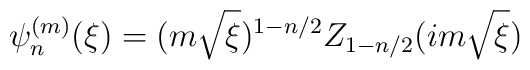
\psi^{(m)}_{n}(\xi ) = (m \sqrt{\xi})^{1-n/2} Z_{1-n/2}(im\sqrt{\xi })